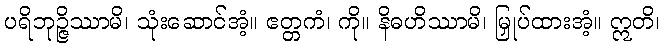
ပရိဘုဉ္ဇိဿာမိ၊ သုံးဆောင်အံ့။ ဧတ္တကံ၊ ကို။ နိဓဟိဿာမိ၊ မြှုပ်ထားအံ့။ ဣတိ၊